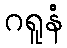
ဂရူနံ